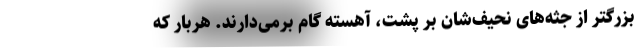
بزرگتر از جثه‌های نحیف‌شان بر پشت، آهسته گام برمی‌دارند. هربار که